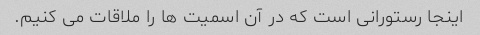
اینجا رستورانی است که در آن اسمیت ها را ملاقات می کنیم.